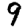
Digit: 9